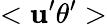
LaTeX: <\mathbf{u}^{\prime}\theta^{\prime}>